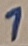
Text: 1